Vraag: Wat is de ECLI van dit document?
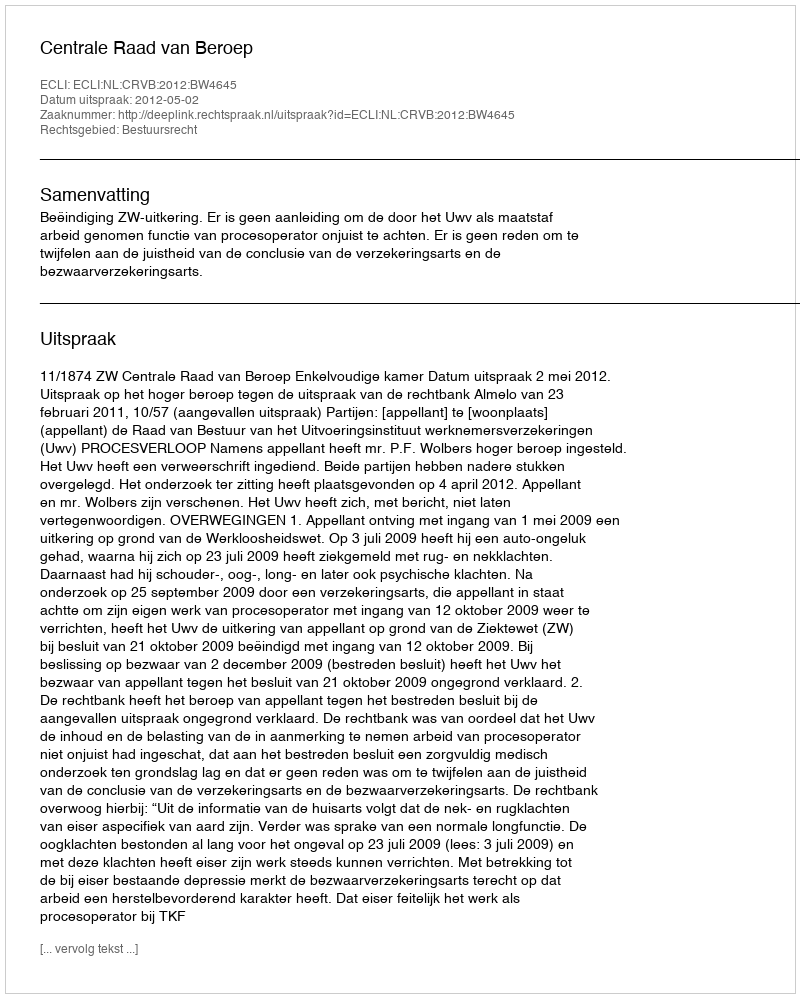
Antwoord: ECLI:NL:CRVB:2012:BW4645